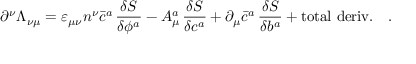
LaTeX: \partial ^ { \nu } \Lambda _ { \nu \mu } = \varepsilon _ { \mu \nu } n ^ { \nu } \bar { c } ^ { a } \, \frac { \delta S } { \delta \phi ^ { a } } - A _ { \mu } ^ { a } \, \frac { \delta S } { \delta c ^ { a } } + \partial _ { \mu } \bar { c } ^ { a } \, \frac { \delta S } { \delta b ^ { a } } + \mathrm { t o t a l ~ d e r i v . } \quad .